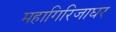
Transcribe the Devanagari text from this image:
महागिरिजाघर